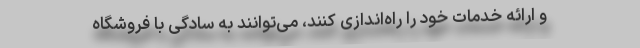
و ارائه خدمات خود را راه‌اندازی کنند، می‌توانند به سادگی با فروشگاه